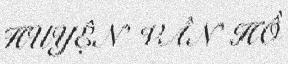
HUYỆN VÂN HỒ